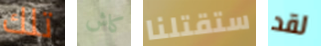
تلك كاش ستقتلنا لقد